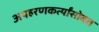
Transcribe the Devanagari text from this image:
अपहरणकर्त्यांसोबत